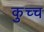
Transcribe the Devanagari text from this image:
कुच्च